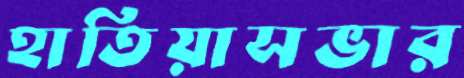
হাতিয়াসভার